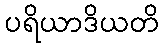
ပရိယာဒိယတိ